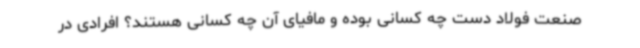
صنعت فولاد دست چه کسانی بوده و مافیای آن چه کسانی هستند؟ افرادی در